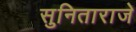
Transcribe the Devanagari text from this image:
सुनिताराजे